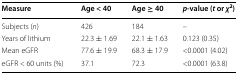
| Measure | Age < 40 | Age ≥ 40 | p-value (t or χ2) |
 | --- | --- | --- | --- |
 | Subjects (n) | 426 | 184 | – |
 | Years of lithium | 22.3 ± 1.69 | 22.1 ± 1.63 | 0.123 (0.35) |
 | Mean eGFR | 77.6 ± 19.9 | 68.3 ± 17.9 | <0.0001 (4.02) |
 | eGFR < 60 units (%) | 37.1 | 72.3 | <0.0001 (63.8) |